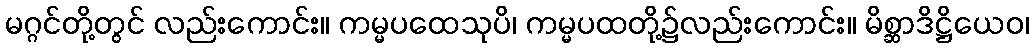
မဂ္ဂင်တို့တွင် လည်းကောင်း။ ကမ္မပထေသုပိ၊ ကမ္မပထတို့၌လည်းကောင်း။ မိစ္ဆာဒိဋ္ဌိယေဝ၊